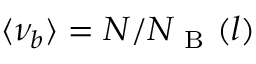
\langle \nu _ { b } \rangle = N / N _ { \mathrm { ~ B ~ } } ( l )